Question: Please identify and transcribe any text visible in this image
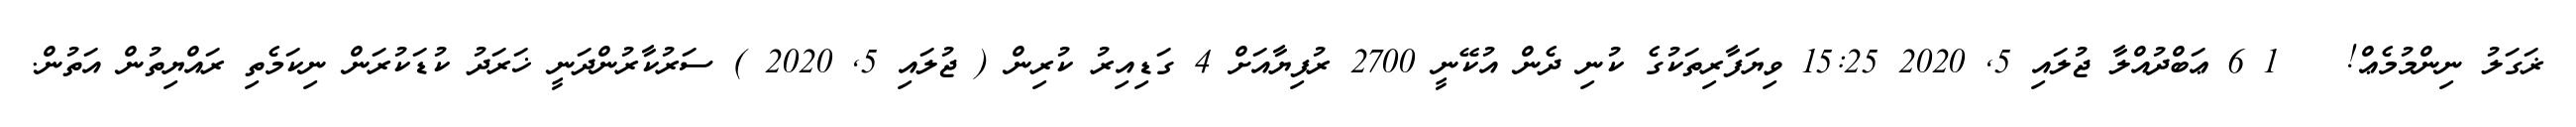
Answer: ޜަގަލު ނިންމުމެޢް! ?? 1 6 ޢަބްދުއްލާ ޖުލައި 5, 2020 15:25 ވިޔަފާރިތަކުގެ ކުނި ދެން އުކޭނީ 2700 ރުފިޔާއަށް 4 ގަޑިއިރު ކުރިން ( ޖުލައި 5, 2020 ) ސަރުކާރުންދަނީ ޚަރަދު ކުޑަކުރަން ނިކަމެތި ރައްޔިތުން އަތުން.